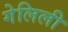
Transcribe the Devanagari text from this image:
गेलिली